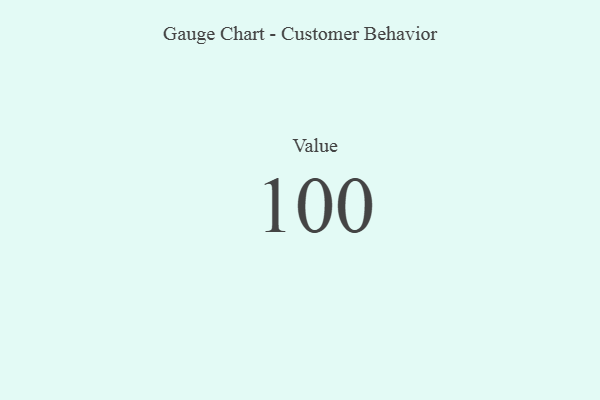
{"axis": {"x": "Metric", "y": "Value"}, "legend": [""], "data": [{"x": "Value", "y": 100, "type": ""}]}